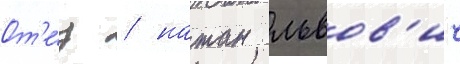
От'е́ц / натан львов'ич